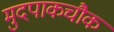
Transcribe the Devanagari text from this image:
मुदपाकचौक